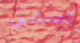
أصبتني